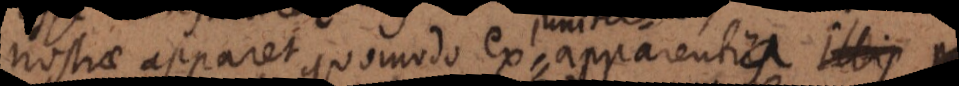
nostrae apparet quomodo ex apparentiis illis pr